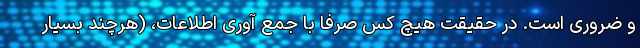
و ضروری است. در حقیقت هیچ کس صرفا با جمع آوری اطلاعات، (هرچند بسیار